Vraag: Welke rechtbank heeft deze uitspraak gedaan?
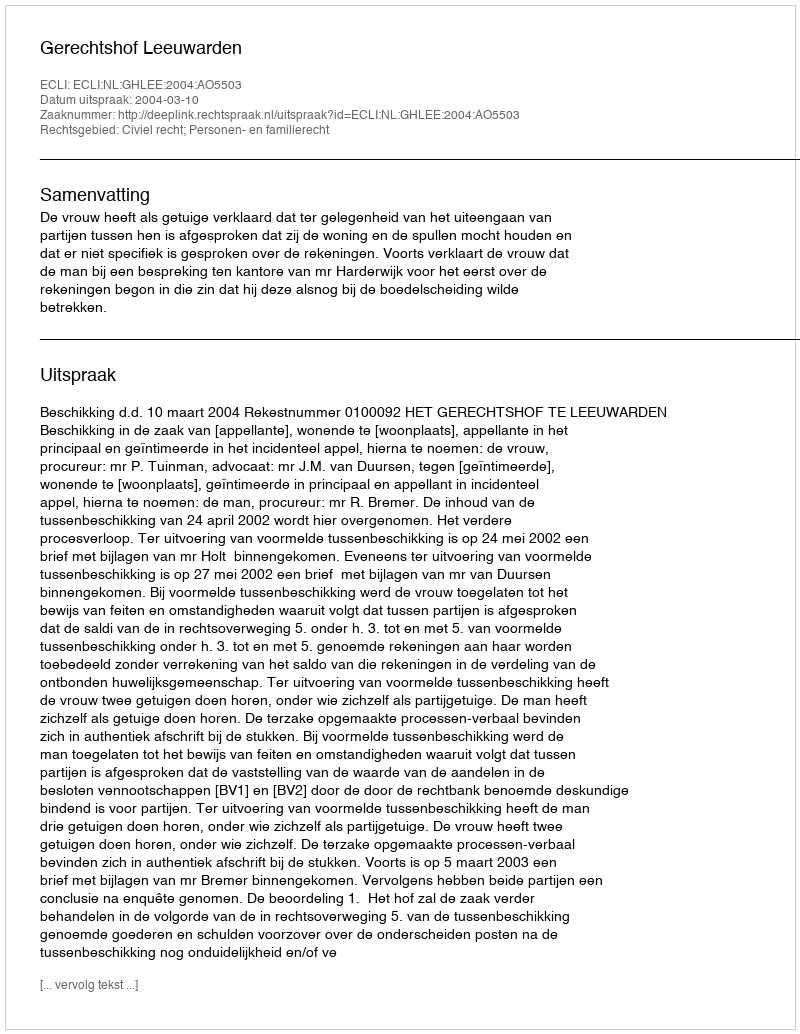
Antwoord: Gerechtshof Leeuwarden